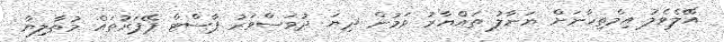
އޭލެވެލު އިމްތިހާނަށް ޔަނާލު ތައްޔާރު ވަމުން ދިޔަ ދުވަސްވަރު ޕާސްޓް ޕޭޕަރުތައް މުޠާލިޔާ